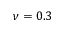
\nu = 0 . 3